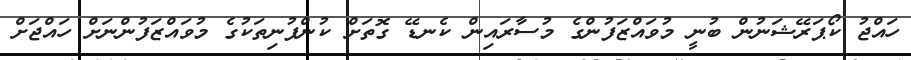
ހައްޖު ކޯޕަރޭޝަނުން ބުނީ މުވައްޒަފުންގެ މުސާރައިން ކެނޑޭ ގޮތަށް ކުންފުނިތަކުގެ މުވައްޒަފުންނަށް ހައްޖަށް